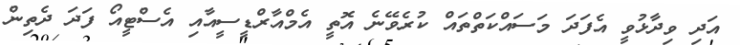
އަދި ވިދާޅުވީ އެފަދަ މަސައްކަތްތައް ކުރެވޭނެ އޮތީ އެމްއާރްޑީސީއާއި އެސްޓީއޯ ފަދަ ދެތިން